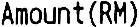
AMOUNT(RM)